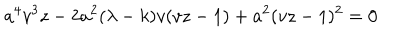
a ^ { 4 } v ^ { 3 } z - 2 a ^ { 2 } ( \lambda - k ) v ( v z - 1 ) + a ^ { 2 } ( v z - 1 ) ^ { 2 } = 0